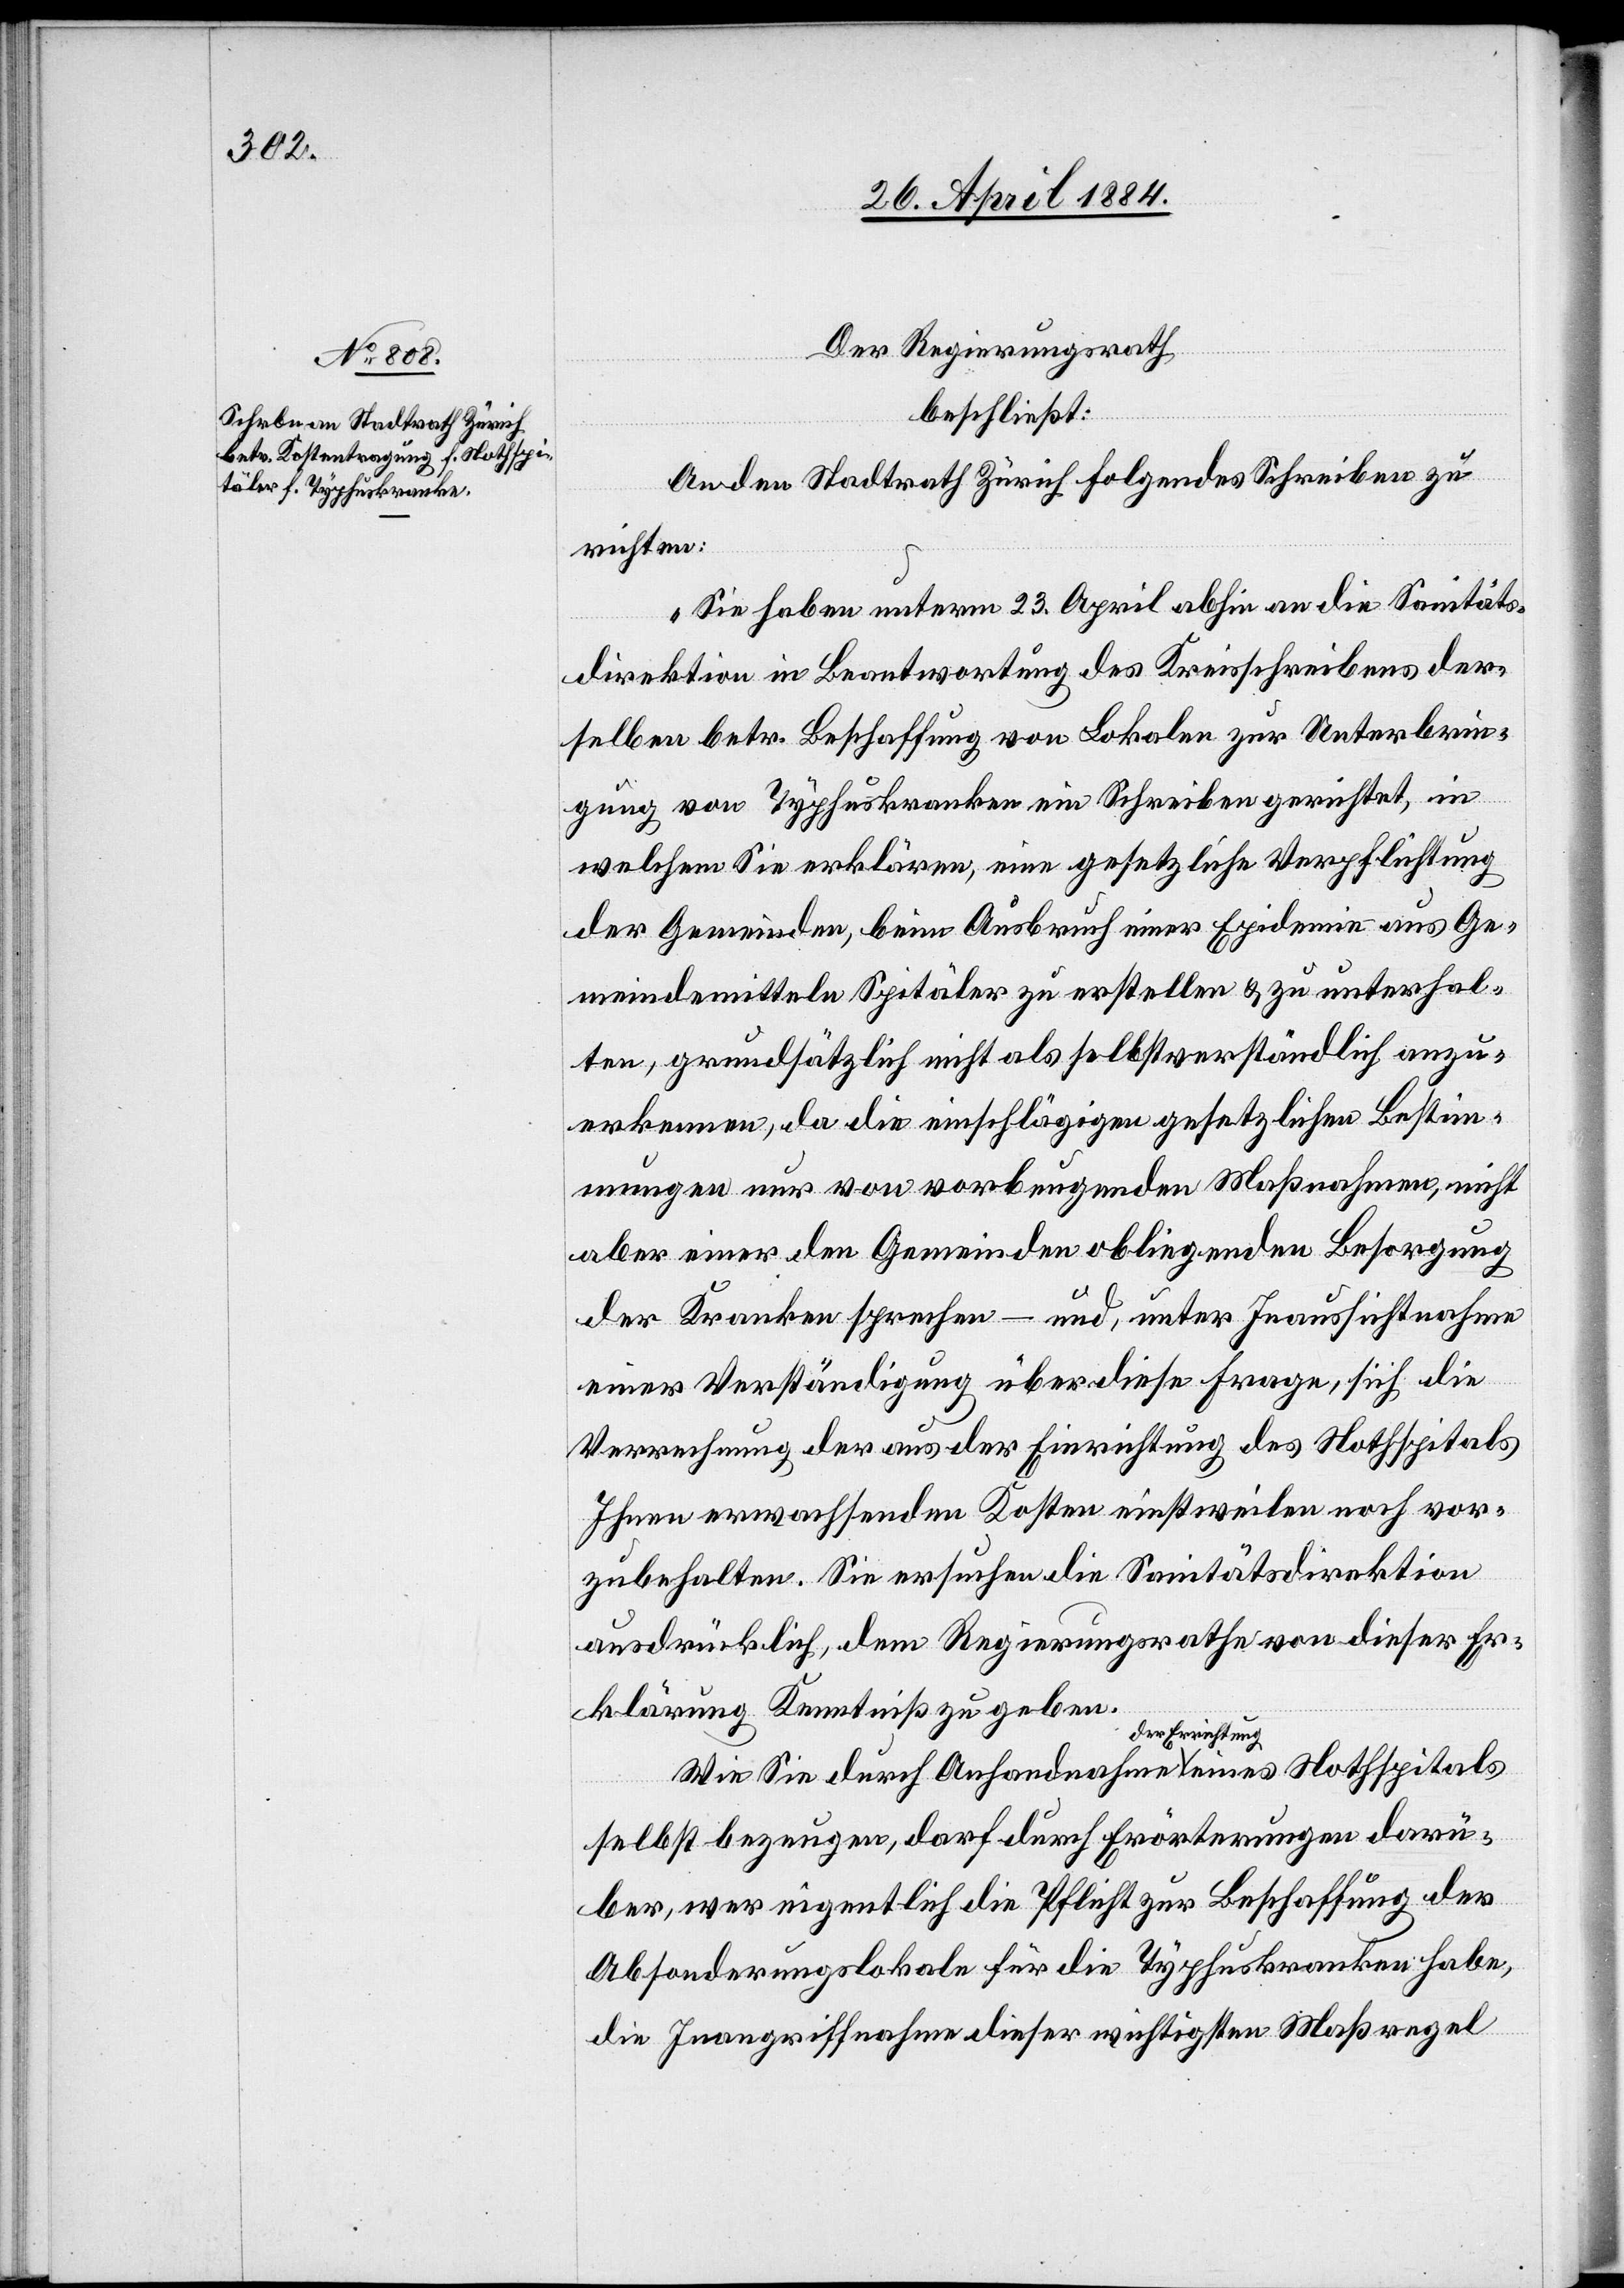
Der Regierungsrath
beschließt:
An den Stadtrath Zürich ist folgendes Schreiben zu
richten:
„Sie haben unterm 23. April abhin an die Sanitäts¬
direktion in Beantwortung des Kreisschreibens der¬
selben betr. Beschaffung von Lokalen zur Unterbrin¬
gung von Typhuskranken ein Schreiben gerichtet, in
welchem Sie erklären, eine gesetzliche Verpflichtung
der Gemeinden, beim Ausbruch einer Epidemie aus Ge¬
meindemitteln Spitäler zu erstellen & zu unterhal¬
ten, grundsätzlich nicht als selbstverständlich anzu¬
erkennen, da die einschlägigen gesetzlichen Bestim¬
mungen nur von vorbeugenden Maßnahmen, nicht
aber einer den Gemeinden obliegenden Besorgung
der Kranken sprechen – und, unter Inaussichtnahme
einer Verständigung über diese Frage, sich die
Verrechnung der aus der Einrichtung des Nothspitals
Ihnen erwachsenden Kosten einstweilen noch vor¬
zubehalten. Sie ersuchen die Sanitätsdirektion
ausdrücklich, dem Regierungsrathe von dieser Er¬
klärung Kenntniß zu geben.
Wie Sie durch Anhandnahme der Errichtung
es
selbst bezeugen, darf durch Erörterungen darü¬
ber, wer eigentlich die Pflicht zur Beschaffung der
Absonderungslokale für die Typhuskranken habe,
die Inangriffnahme dieser wichtigsten Maßregel